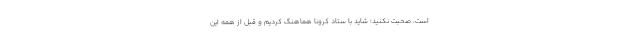
است، صحبت نکنید؛ شاید با ستاد کرونا هماهنگ کردیم و قبل از همه این